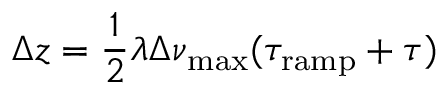
\Delta z = \frac { 1 } { 2 } \lambda \Delta \nu \mathrm { _ { m a x } } ( \tau _ { \mathrm { r a m p } } + \tau )